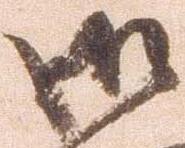
御